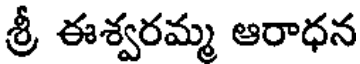
శ్రీ ఈశ్వరమ్మ ఆరాధన